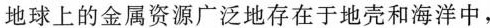
地球上的金属资源广泛地存在于地壳和海洋中，